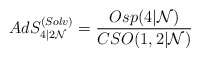
\begin{align*}AdS^{(Solv)}_{4\vert 2{\cal N}} = \frac{Osp(4\vert {\cal N})}{CSO(1,2\vert{\cal N})}\end{align*}